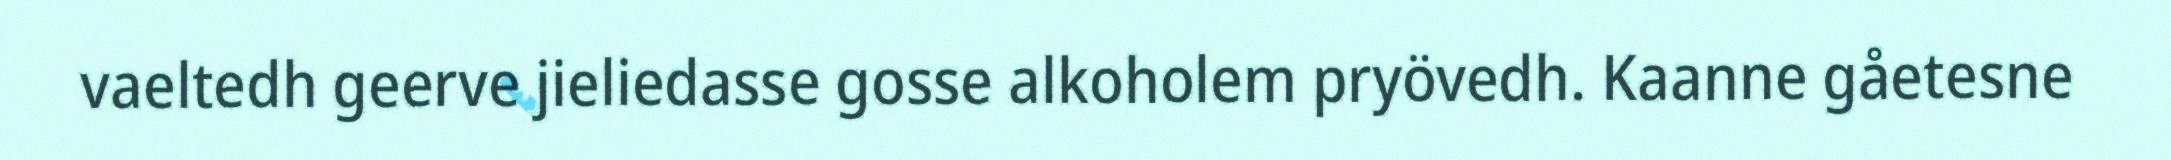
vaeltedh geerve jieliedasse gosse alkoholem pryövedh. Kaanne gåetesne